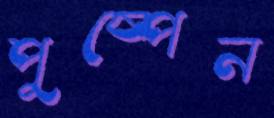
পুষ্পেন